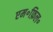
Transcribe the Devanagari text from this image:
एम॰फ़िल॰